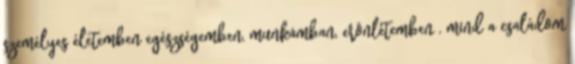
személyes életemben egészségemben, munkámban, erõnlétemben , mind a családom